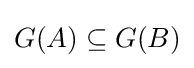
G(A)\subseteq G(B)